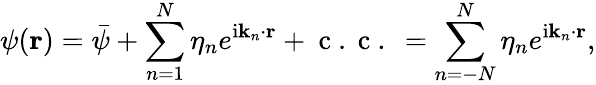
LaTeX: \psi(\mathbf{r})=\bar{\psi}+\sum_{n=1}^{N}\eta_{n}e^{\mathrm{i}\mathbf{k}_{n}\cdot\mathbf{r}}+\mathrm{~c~.~c~.~}=\sum_{n=-N}^{N}\eta_{n}e^{\mathrm{i}\mathbf{k}_{n}\cdot\mathbf{r}},